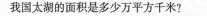
我国太湖的面积是多少万平方千米?